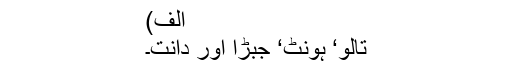
الف)
تالو‘ ہونٹ‘ جبڑا اور دانت۔